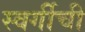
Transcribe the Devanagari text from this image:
स्वर्गीची